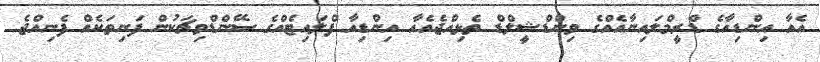
އެއާ އިންޑިއާގެ ޑްރީމްލައިނާއެއްގެ ވިންޑްޝީލްޑް ތެޅިއްޖެއެއާ އިންޑިއާ ފްލައިޓެއްގެ ސޭންޑްވިޗަކުން ފަނިތަކެއް ފެނިއްޖެ